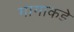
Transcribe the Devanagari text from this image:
गागाकडे